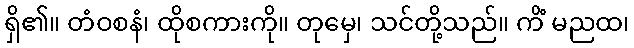
ရှိ၏။ တံဝစနံ၊ ထိုစကားကို။ တုမှေ၊ သင်တို့သည်။ ကိံ မညထ၊